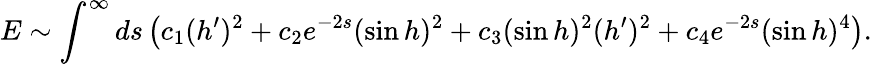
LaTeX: E\sim\int^{\infty}ds\left(c_{1}(h^{\prime})^{2}+c_{2}e^{-2s}(\sin h)^{2}+c_{3}(\sin h)^{2}(h^{\prime})^{2}+c_{4}e^{-2s}(\sin h)^{4}\right).